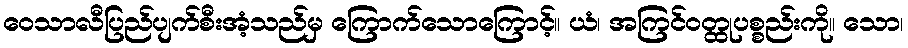
ဝေသာလီပြည်ပျက်စီးအံ့သည်မှ ကြောက်သောကြောင့်။ ယံ၊ အကြင်ဝတ္ထုပစ္စည်းကို။ သော၊